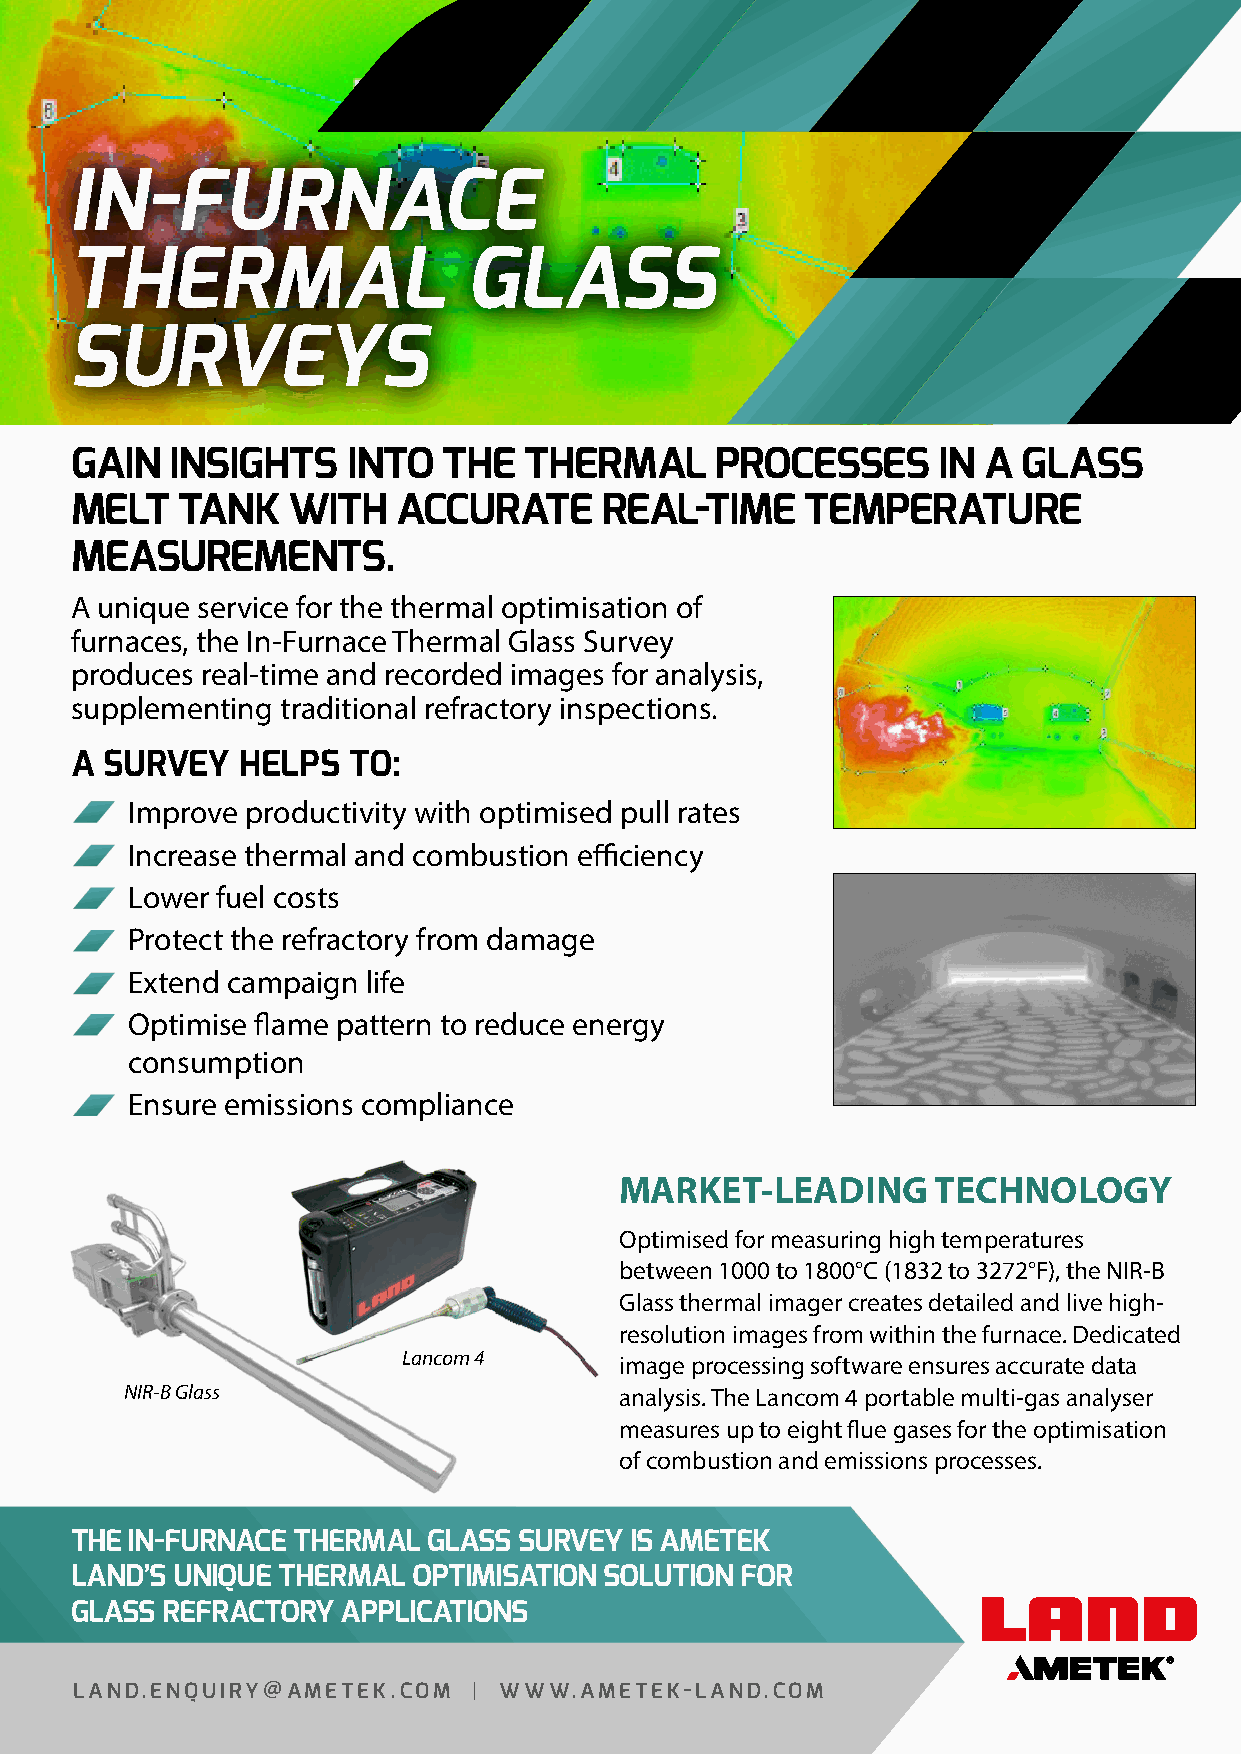
IN-FURNACE
 THERMAL                   GLASS
 SURVEYS
 GAIN  INSIGHTS    INTO  THE   THERMAL     PROCESSES      IN A  GLASS
 MELT   TANK   WITH   ACCURATE      REAL-TIME    TEMPERATURE
 MEASUREMENTS.
 A unique service for the thermal optimisation of
 furnaces, the In-Furnace Thermal Glass Survey
 produces real-time and recorded images for analysis,
 supplementing traditional refractory inspections.
 A SURVEY   HELPS  TO:
 Improve productivity with optimised pull rates
 Increase thermal and combustion efficiency
 Lower fuel costs
 Protect the refractory from damage
 Extend campaign life
 Optimise flame pattern to reduce energy
 consumption
 Ensure emissions compliance
 MARKET-LEADING       TECHNOLOGY
 Optimised for measuring high temperatures
 between 1000 to 1800°C (1832 to 3272°F), the NIR-B
 Glass thermal imager creates detailed and live high-
 resolution images from within the furnace. Dedicated
 Lancom 4      image processing software ensures accurate data
 NIR-B Glass                      analysis. The Lancom 4 portable multi-gas analyser
 measures up to eight flue gases for the optimisation
 of combustion and emissions processes.
 THE IN-FURNACE THERMAL GLASS SURVEY  IS AMETEK
 LAND’S UNIQUE THERMAL OPTIMISATION SOLUTION FOR
 GLASS REFRACTORY  APPLICATIONS
 LAND.ENQUIRY@AMETEK.COM   | WWW.AMETEK-LAND.COM